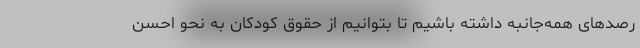
رصدهای همه‌جانبه داشته باشیم تا بتوانیم از حقوق کودکان به نحو احسن